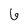
Character: 6